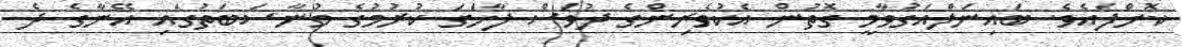
ކޮށްފައެވެ. ބައިނަލްއަގުވާމީ ގޮތުން އެކުވެރިންގެ ދުވަސް ފާހަގަ ކުރުމުގެ މުނާސަބަތުގައި އޭނާގެ ދެ